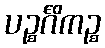
ပဉ္စင်္ဂိကဉ္စ